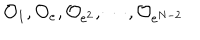
LaTeX: { \cal O } _ { 1 } , { \cal O } _ { e } , { \cal O } _ { e ^ { 2 } } , \cdots , { \cal O } _ { e ^ { N - 2 } }